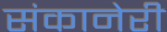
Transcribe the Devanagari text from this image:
संकानेरी